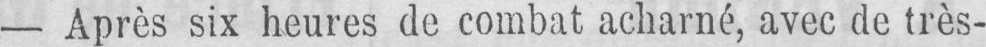
- Après six heures de combat acharné, avec de très-